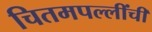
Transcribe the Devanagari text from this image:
चितमपल्लींची